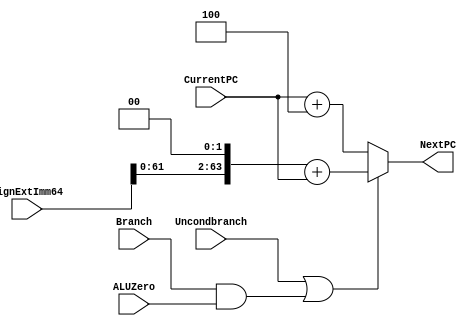
`timescale 1ns / 1ps

module NextPClogic(NextPC, CurrentPC, SignExtImm64, Branch, ALUZero, Uncondbranch);
   input [63:0] CurrentPC, SignExtImm64;
   input 	Branch, ALUZero, Uncondbranch;
   output reg [63:0] NextPC;

   reg [63:0] 	     PC_4;

   always @(*) begin
      if(Uncondbranch|(Branch && ALUZero))
	NextPC <= #2 (SignExtImm64 << 2) + CurrentPC;
      else
	NextPC <= #1 CurrentPC + 4;
   end
endmodule